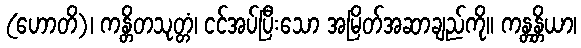
(ဟောတိ)၊ ကန္တိတသုတ္တံ၊ ငင်အပ်ပြီးသော အမြိတ်အဆာချည်ကို။ ကန္တန္တိယာ၊